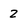
Character: 2